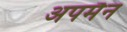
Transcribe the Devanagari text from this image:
अपमैन